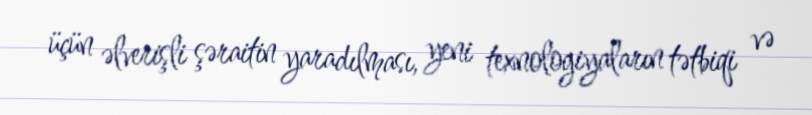
üçün əlverişli şəraitin yaradılması, yeni texnologiyaların tətbiqi və